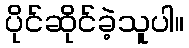
ပိုင်ဆိုင်ခဲ့သူပါ။